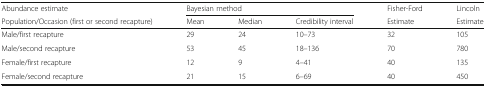
| Abundance estimate | <COLSPAN=3> Bayesian method | Fisher-Ford | Lincoln |
 | Population/Occasion (first or second recapture) | Mean | Median | Credibility interval | Estimate | Estimate |
 | --- | --- | --- | --- | --- | --- |
 | Male/first recapture | 29 | 24 | 10–73 | 32 | 105 |
 | Male/second recapture | 53 | 45 | 18–136 | 70 | 780 |
 | Female/first recapture | 12 | 9 | 4–41 | 40 | 135 |
 | Female/second recapture | 21 | 15 | 6–69 | 40 | 450 |